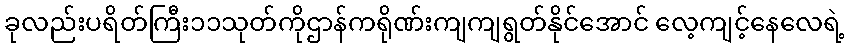
ခုလည်းပရိတ်ကြီး၁၁သုတ်ကိုဌာန်ကရိုဏ်းကျကျရွတ်နိုင်အောင် လေ့ကျင့်နေလေရဲ့